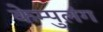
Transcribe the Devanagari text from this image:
केम्पुलंग